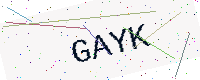
Text: GAYK